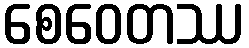
စေဝေတဿ